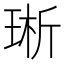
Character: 𪻩